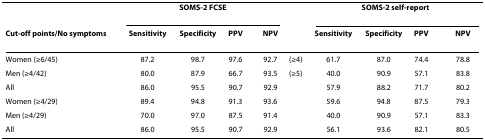
<table><thead><tr><td></td><td colspan="5"><b>SOMS-2 FCSE</b></td><td></td><td colspan="5"><b>SOMS-2 self-report</b></td></tr><tr><td><b>Cut-off points/No symptoms</b></td><td><b>Sensitivity</b></td><td><b>Specificity</b></td><td><b>PPV</b></td><td></td><td><b>NPV</b></td><td></td><td><b>Sensitivity</b></td><td><b>Specificity</b></td><td><b>PPV</b></td><td></td><td><b>NPV</b></td></tr></thead><tbody><tr><td>Women (≥6/45)</td><td>87.2</td><td>98.7</td><td>97.6</td><td></td><td>92.7</td><td>(≥4)</td><td>61.7</td><td>87.0</td><td>74.4</td><td></td><td>78.8</td></tr><tr><td>Men (≥4/42)</td><td>80.0</td><td>87.9</td><td>66.7</td><td></td><td>93.5</td><td>(≥5)</td><td>40.0</td><td>90.9</td><td>57.1</td><td></td><td>83.8</td></tr><tr><td>All</td><td>86.0</td><td>95.5</td><td>90.7</td><td></td><td>92.9</td><td></td><td>57.9</td><td>88.2</td><td>71.7</td><td></td><td>80.2</td></tr><tr><td>Women (≥4/29)</td><td>89.4</td><td>94.8</td><td>91.3</td><td></td><td>93.6</td><td></td><td>59.6</td><td>94.8</td><td>87.5</td><td></td><td>79.3</td></tr><tr><td>Men (≥4/29)</td><td>70.0</td><td>97.0</td><td>87.5</td><td></td><td>91.4</td><td></td><td>40.0</td><td>90.9</td><td>57.1</td><td></td><td>83.3</td></tr><tr><td>All</td><td>86.0</td><td>95.5</td><td>90.7</td><td></td><td>92.9</td><td></td><td>56.1</td><td>93.6</td><td>82.1</td><td></td><td>80.5</td></tr></tbody></table>